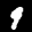
Label: 9